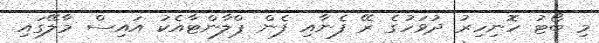
މި ބޯޓު ހޮނިހިރު ދުވަހުގެ ރޭ ފެނާއި ފެން ޕްލާންޓާއެކު އައިސް މާލޭގައި